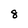
Character: 8